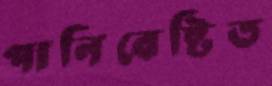
পানিবেষ্টিত